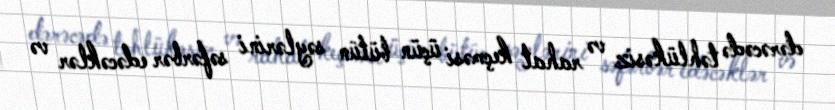
dərəcədə təhlükəsiz və rahat keçməsi üçün bütün səylərini səfərbər edəcəklər və